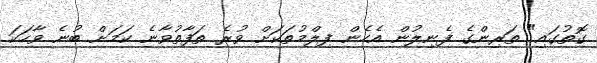
ގޮތުގައި" ތަރިންގެ ފެނިލުން އެހެން ފިލްމުތަކަށް ވުރެ ތަފާތުވާނެ ކަމަށް ބުނެ ވާހަކަ